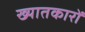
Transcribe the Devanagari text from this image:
ख्यातकारों